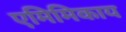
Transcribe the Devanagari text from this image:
एमिमिकाय